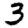
Digit: 3